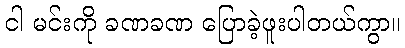
ငါ မင်းကို ခဏခဏ ပြောခဲ့ဖူးပါတယ်ကွာ။